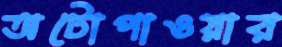
অটোপাওয়ার